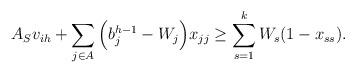
\begin{align*} A_S v_{ih}+\sum_{j \in A}\Big(b_j^{h-1}-W_j\Big)x_{jj} \ge \sum_{s=1}^k W_s(1-x_{ss}).\end{align*}